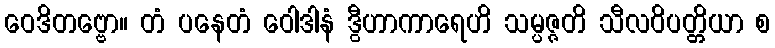
ဝေဒိတဗ္ဗော။ တံ ပနေတံ ဝေါဒါနံ ဒွီဟာကာရေဟိ သမ္ပဇ္ဇတိ သီလဝိပတ္တိယာ စ